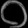
Digit: ၀